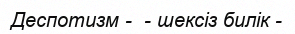
Деспотизм -  - шексіз билік -